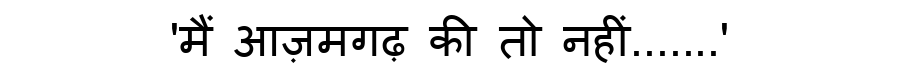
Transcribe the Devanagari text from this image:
'मैं आज़मगढ़ की तो नहीं.......'